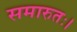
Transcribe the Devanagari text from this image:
समारुतः।